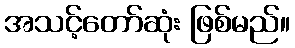
အသင့်တော်ဆုံး ဖြစ်မည်။